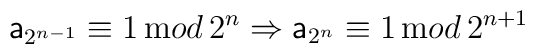
{\sf a}_{2^{n-1}}\equiv 1\,{\mathrm mod}\,2^n\Rightarrow{\sf a}_{2^n}\equiv 1\,{\mathrm mod}\,2^{n+1}